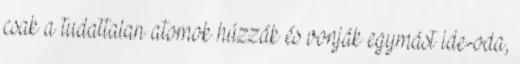
csak a tudattalan atomok húzzák és vonják egymást ide-oda,